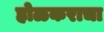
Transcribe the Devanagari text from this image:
होळकराचा